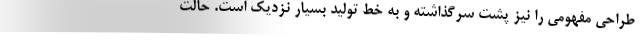
طراحی مفهومی را نیز پشت سرگذاشته و به خط تولید بسیار نزدیک است. حالت